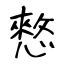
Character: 憗